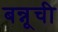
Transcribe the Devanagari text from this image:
बन्नूची